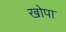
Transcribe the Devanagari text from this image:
खोपा